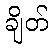
ချိတ်